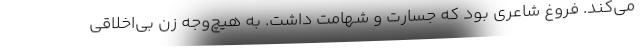
می‌کند. فروغ شاعری بود که جسارت و شهامت داشت. به هیچ‌وجه زن بی‌اخلاقی